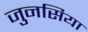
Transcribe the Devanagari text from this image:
जुनसिया